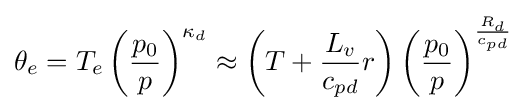
\theta _{e}=T_{e}\left({\frac {p_{0}}{p}}\right)^{\kappa _{d}}\approx \left(T+{\frac {L_{v}}{c_{pd}}}r\right)\left({\frac {p_{0}}{p}}\right)^{\frac {R_{d}}{c_{pd}}}